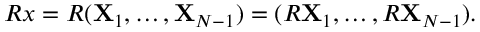
R x = R ( { \mathbf { X } } _ { 1 } , \ldots , { \mathbf { X } } _ { N - 1 } ) = ( R { \mathbf { X } } _ { 1 } , \ldots , R { \mathbf { X } } _ { N - 1 } ) .